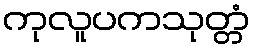
ကုလူပကသုတ္တံ